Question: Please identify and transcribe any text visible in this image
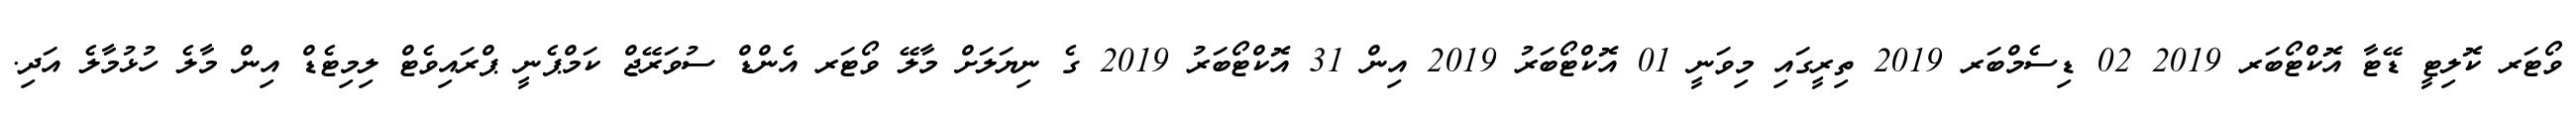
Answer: ވޯޓަރ ކޮލިޓީ ޑޭޓާ އޮކްޓޯބަރ 2019 02 ޑިސެމްބަރ 2019 ތިރީގައި މިވަނީ 01 އޮކްޓޯބަރު 2019 އިން 31 އޮކްޓޯބަރު 2019 ގެ ނިޔަލަށް މާލޭ ވޯޓަރ އެންޑް ސުވަރޭޖް ކަމްޕެނީ ޕްރައިވެޓް ލިމިޓެޑް އިން މާލެ ހުޅުމާލެ އަދި.